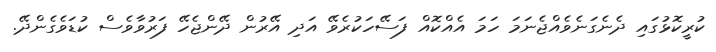
ކުރީކޮޅުގައި ދެނެގަނެވެއްޖެނަމަ ހަމަ އެއްކޮއް ފަސޭހަކުރެވޭ އަދި އޭރުން ދޭންޖެހޭ ފަރުވާވެސް ކުޑަވެގެންދޭ.